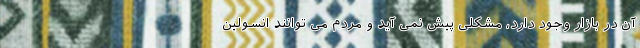
آن در بازار وجود دارد، مشکلی پیش نمی آید و مردم می توانند انسولین